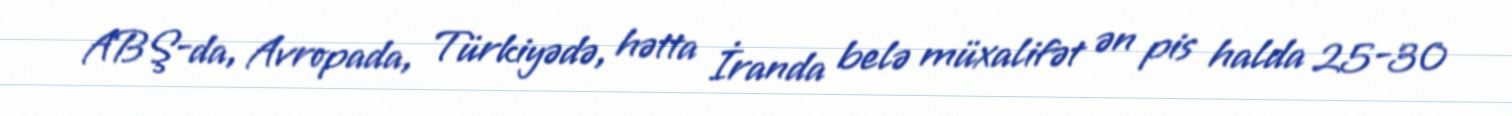
ABŞ-da, Avropada, Türkiyədə, hətta İranda belə müxalifət ən pis halda 25-30